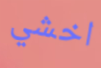
اخشي